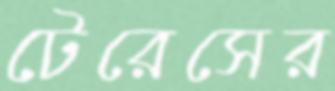
টেরেসের